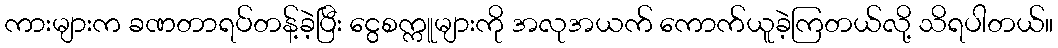
ကားများက ခဏတာရပ်တန့်ခဲ့ပြီး ငွေစက္ကူများကို အလုအယက် ကောက်ယူခဲ့ကြတယ်လို့ သိရပါတယ်။